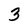
Character: 3